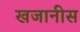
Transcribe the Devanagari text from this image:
खजानीस